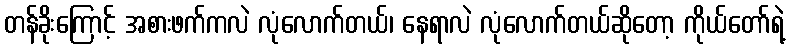
တန်ခိုးကြောင့် အစားဖက်ကလဲ လုံလောက်တယ်၊ နေရာလဲ လုံလောက်တယ်ဆိုတော့ ကိုယ်တော်ရဲ့